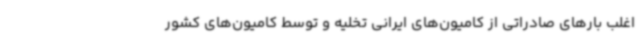
اغلب بارهای صادراتی از کامیون‌های ایرانی تخلیه و توسط کامیون‌های کشور